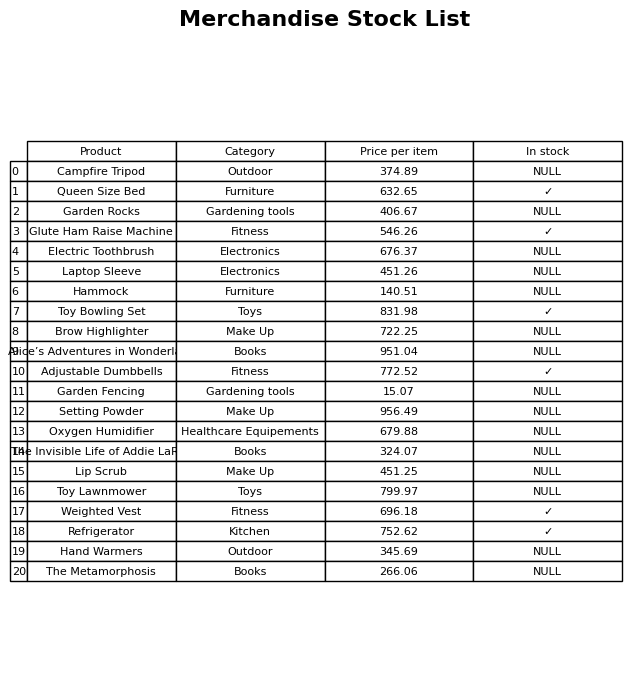
question: Is the Refrigerator in stock?
answer: ✓